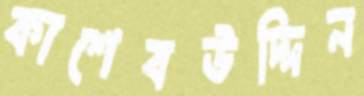
কাশেবউদ্দিন